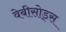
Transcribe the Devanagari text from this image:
वेबीसोड्स